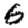
Digit: 6